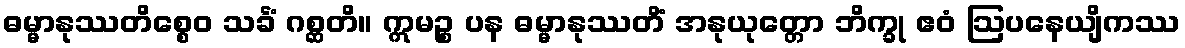
ဓမ္မာနုဿတိစ္စေဝ သင်္ခံ ဂစ္ဆတိ။ ဣမဉ္စ ပန ဓမ္မာနုဿတိံ အနုယုတ္တော ဘိက္ခု ဧဝံ ဩပနေယျိကဿ